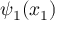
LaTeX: \psi _ { 1 } ( x _ { 1 } )